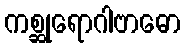
ကစ္ဆုရောဂါဗာဓော